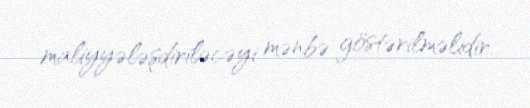
maliyyələşdiriləcəyi mənbə göstərilməlidir.